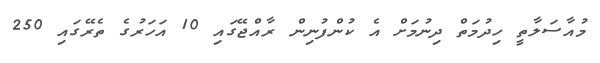
މުއާސަލާތީ ހިދުމަތް ދިނުމަށް އެ ކުންފުނިން ރާއްޖޭގައި 10 އަހަރުގެ ތެރޭގައި 250